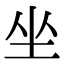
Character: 坐